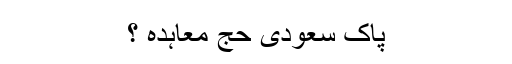
پاک سعودی حج معاہدہ ؟